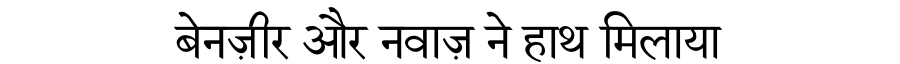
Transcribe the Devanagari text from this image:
बेनज़ीर और नवाज़ ने हाथ मिलाया